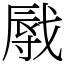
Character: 㦺